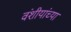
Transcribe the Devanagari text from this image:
वंशीयांच्या